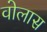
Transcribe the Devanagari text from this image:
वोलास